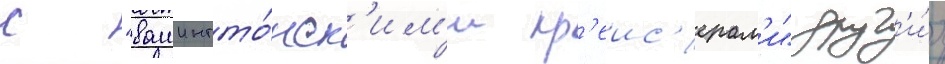
с "вашингто́нск'им'и кр'еис'ерам'и" друг'и́х